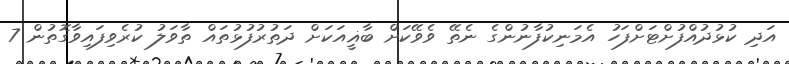
އަދި ކުޅުދުއްފުށްޓަށްފަހު އެމަނިކުފާނުންގެ ނެތޭ ވެވޭކަށް ބާޣީއަކަށް ދަތުރުފުޅުތައް ތާވަލު ކުރެވިފައިވާގޮތުން 7